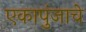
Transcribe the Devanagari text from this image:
एकापुंजाचे